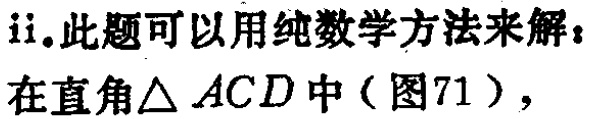
ii.此题可以用纯数学方法来解：

在直角$\triangle ACD$中（图71），